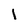
Character: l